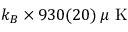
k _ { B } \times 9 3 0 ( 2 0 ) \, \mu \mathrm { ~ K ~ }